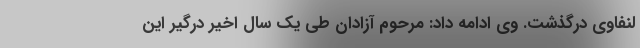
لنفاوی درگذشت. وی ادامه داد: مرحوم آزادان طی یک سال اخیر درگیر این